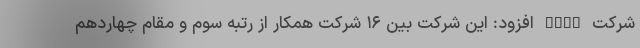
شرکت ISQI افزود: این شرکت بین ۱۶ شرکت همکار از رتبه سوم و مقام چهاردهم